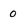
Character: o